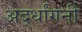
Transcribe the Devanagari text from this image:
अर्द्धांगनी